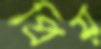
প্রিয়